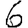
Digit: 6